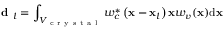
\textbf { d } _ { l } = \int _ { V _ { \mathrm { ~ c ~ r ~ y ~ s ~ t ~ a ~ l ~ } } } w _ { c } ^ { * } \left( \mathbf { x } - \mathbf { x } _ { l } \right) \mathbf { x } w _ { v } ( \mathbf { x } ) \mathrm { d } \mathbf { x }